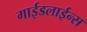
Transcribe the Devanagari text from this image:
गाईडलाईन्स